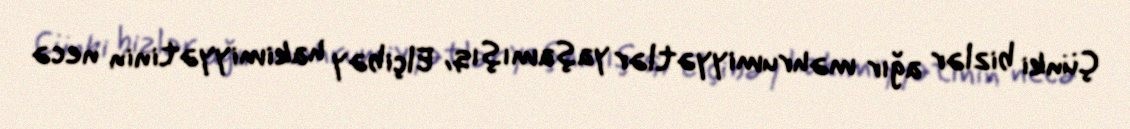
Çünki bizlər ağır məhrumiyyətlər yaşamışıq, Elçibəy hakimiyyətinin necə